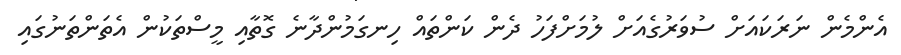
އެންމެން ނަރަކައަށް ސުވަރުގެއަށް ލުމަށްފަހު ދެން ކަންތައް ހިނގަމުންދާނެ ގޮތާއި މީސްތަކުން އެތަންތަނުގައި